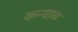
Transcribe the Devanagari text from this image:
कन्याळ